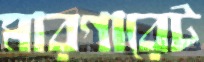
মারগারেট